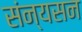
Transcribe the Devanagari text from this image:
संन्यसन